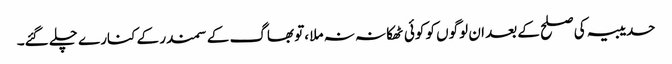
حدیبیہ کی صلح کے بعد ان لوگوں کو کوئی ٹھکانہ نہ ملا ،تو بھاگ کے سمندر کے کنارے چلے گئے۔